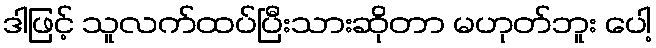
ဒါဖြင့် သူလက်ထပ်ပြီးသားဆိုတာ မဟုတ်ဘူး ပေါ့